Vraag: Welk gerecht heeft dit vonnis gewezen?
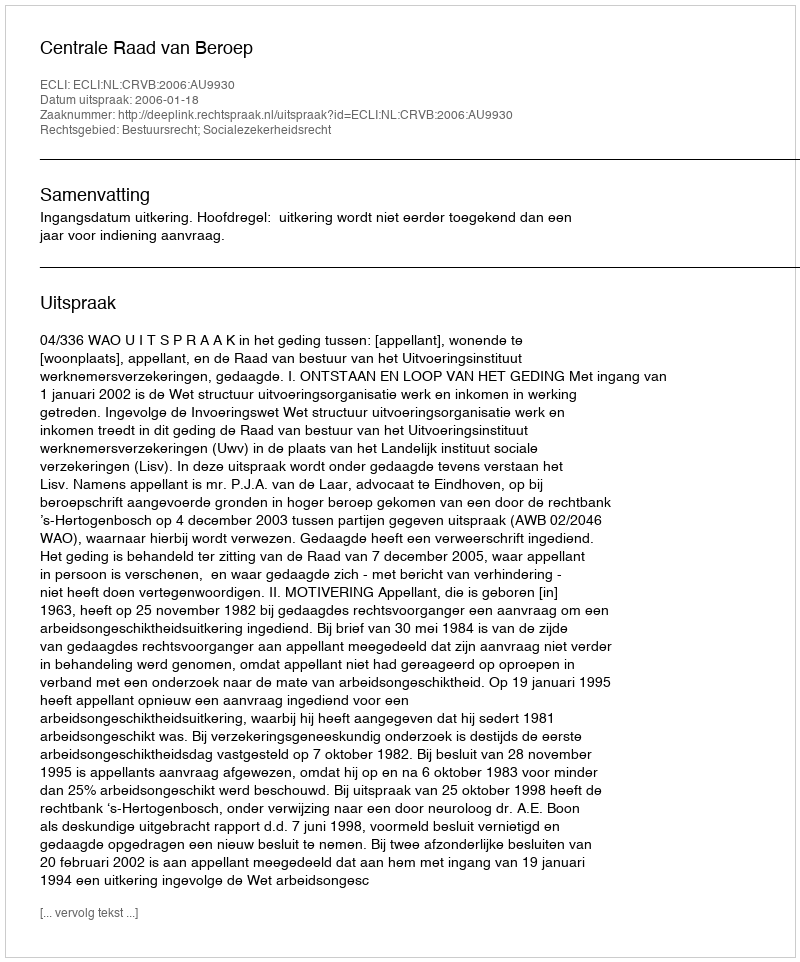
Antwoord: Centrale Raad van Beroep